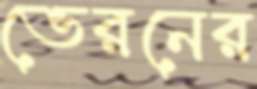
ভেরনের